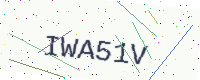
Text: IWA51V